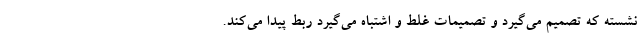
نشسته که تصمیم می‌گیرد و تصمیمات غلط و اشتباه می‌گیرد ربط پیدا می‌کند.